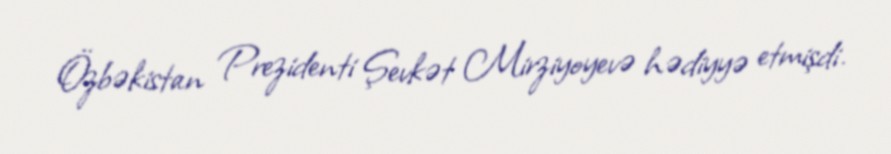
Özbəkistan Prezidenti Şevkət Mirziyoyevə hədiyyə etmişdi.